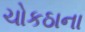
ચોકઠાના